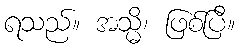
ရသည်။ အသ္မိ၊ ဖြစ်ပြီ။